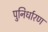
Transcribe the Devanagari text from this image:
पुनिर्धारण